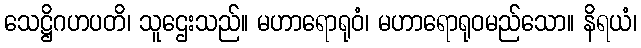
သေဋ္ဌိဂဟပတိ၊ သူဌေးသည်။ မဟာရောရုဝံ၊ မဟာရောရုဝမည်သော။ နိရယံ၊